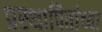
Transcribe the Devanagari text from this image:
प्रस्थापितांच्या